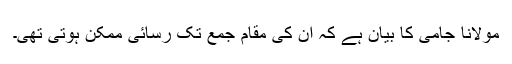
مولانا جامی کا بیان ہے کہ اُن کی مقام جمع تک رسائی ممکن ہوتی تھی۔